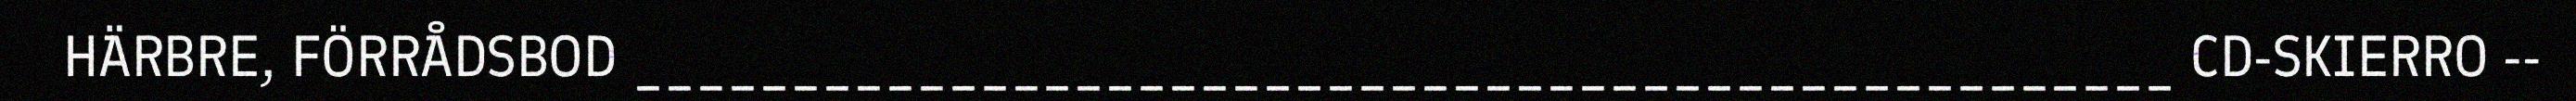
HÄRBRE, FÖRRÅDSBOD _________________________________________________ CD-SKIERRO --